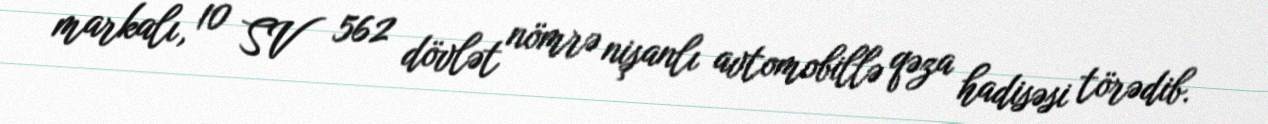
markalı, 10 SV 562 dövlət nömrə nişanlı avtomobillə qəza hadisəsi törədib.